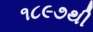
૧૮૯૭થી